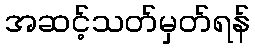
အဆင့်သတ်မှတ်ရန်